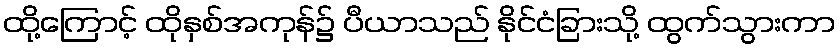
ထို့ကြောင့် ထိုနှစ်အကုန်၌ ပီယာသည် နိုင်ငံခြားသို့ ထွက်သွားကာ